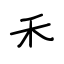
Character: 禾